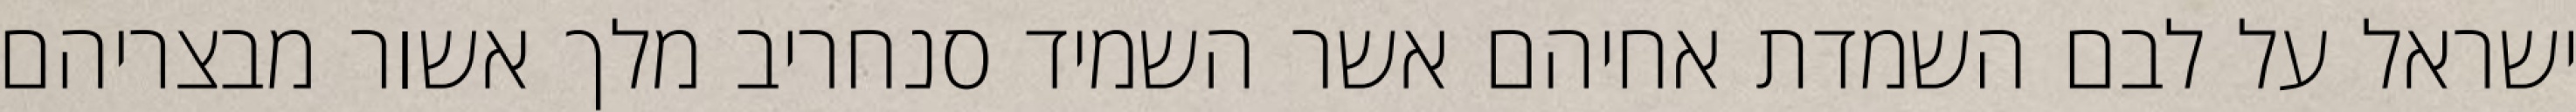
ישראל על לבם השמדת אחיהם אשר השמיד סנחריב מלך אשור מבצריהם